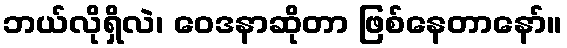
ဘယ်လိုရှိလဲ၊ ဝေဒနာဆိုတာ ဖြစ်နေတာနော်။